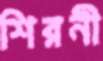
শিরনী